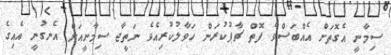
ސިމާނީ އެގޮތަށް އެއްބަސްވެ ފޮތް ޗާޕުކުރަން ހަވާލުކުރިއެވެ ނަތީޖާ ސިމާނީއަށް އެނގުނީ އެއިގެ